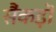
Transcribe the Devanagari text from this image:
सैंकड़ॊ